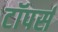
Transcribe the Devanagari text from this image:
टॉपर्स